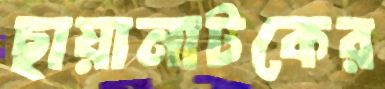
ছায়ানাটকের